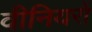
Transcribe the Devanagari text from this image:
वीनियरों